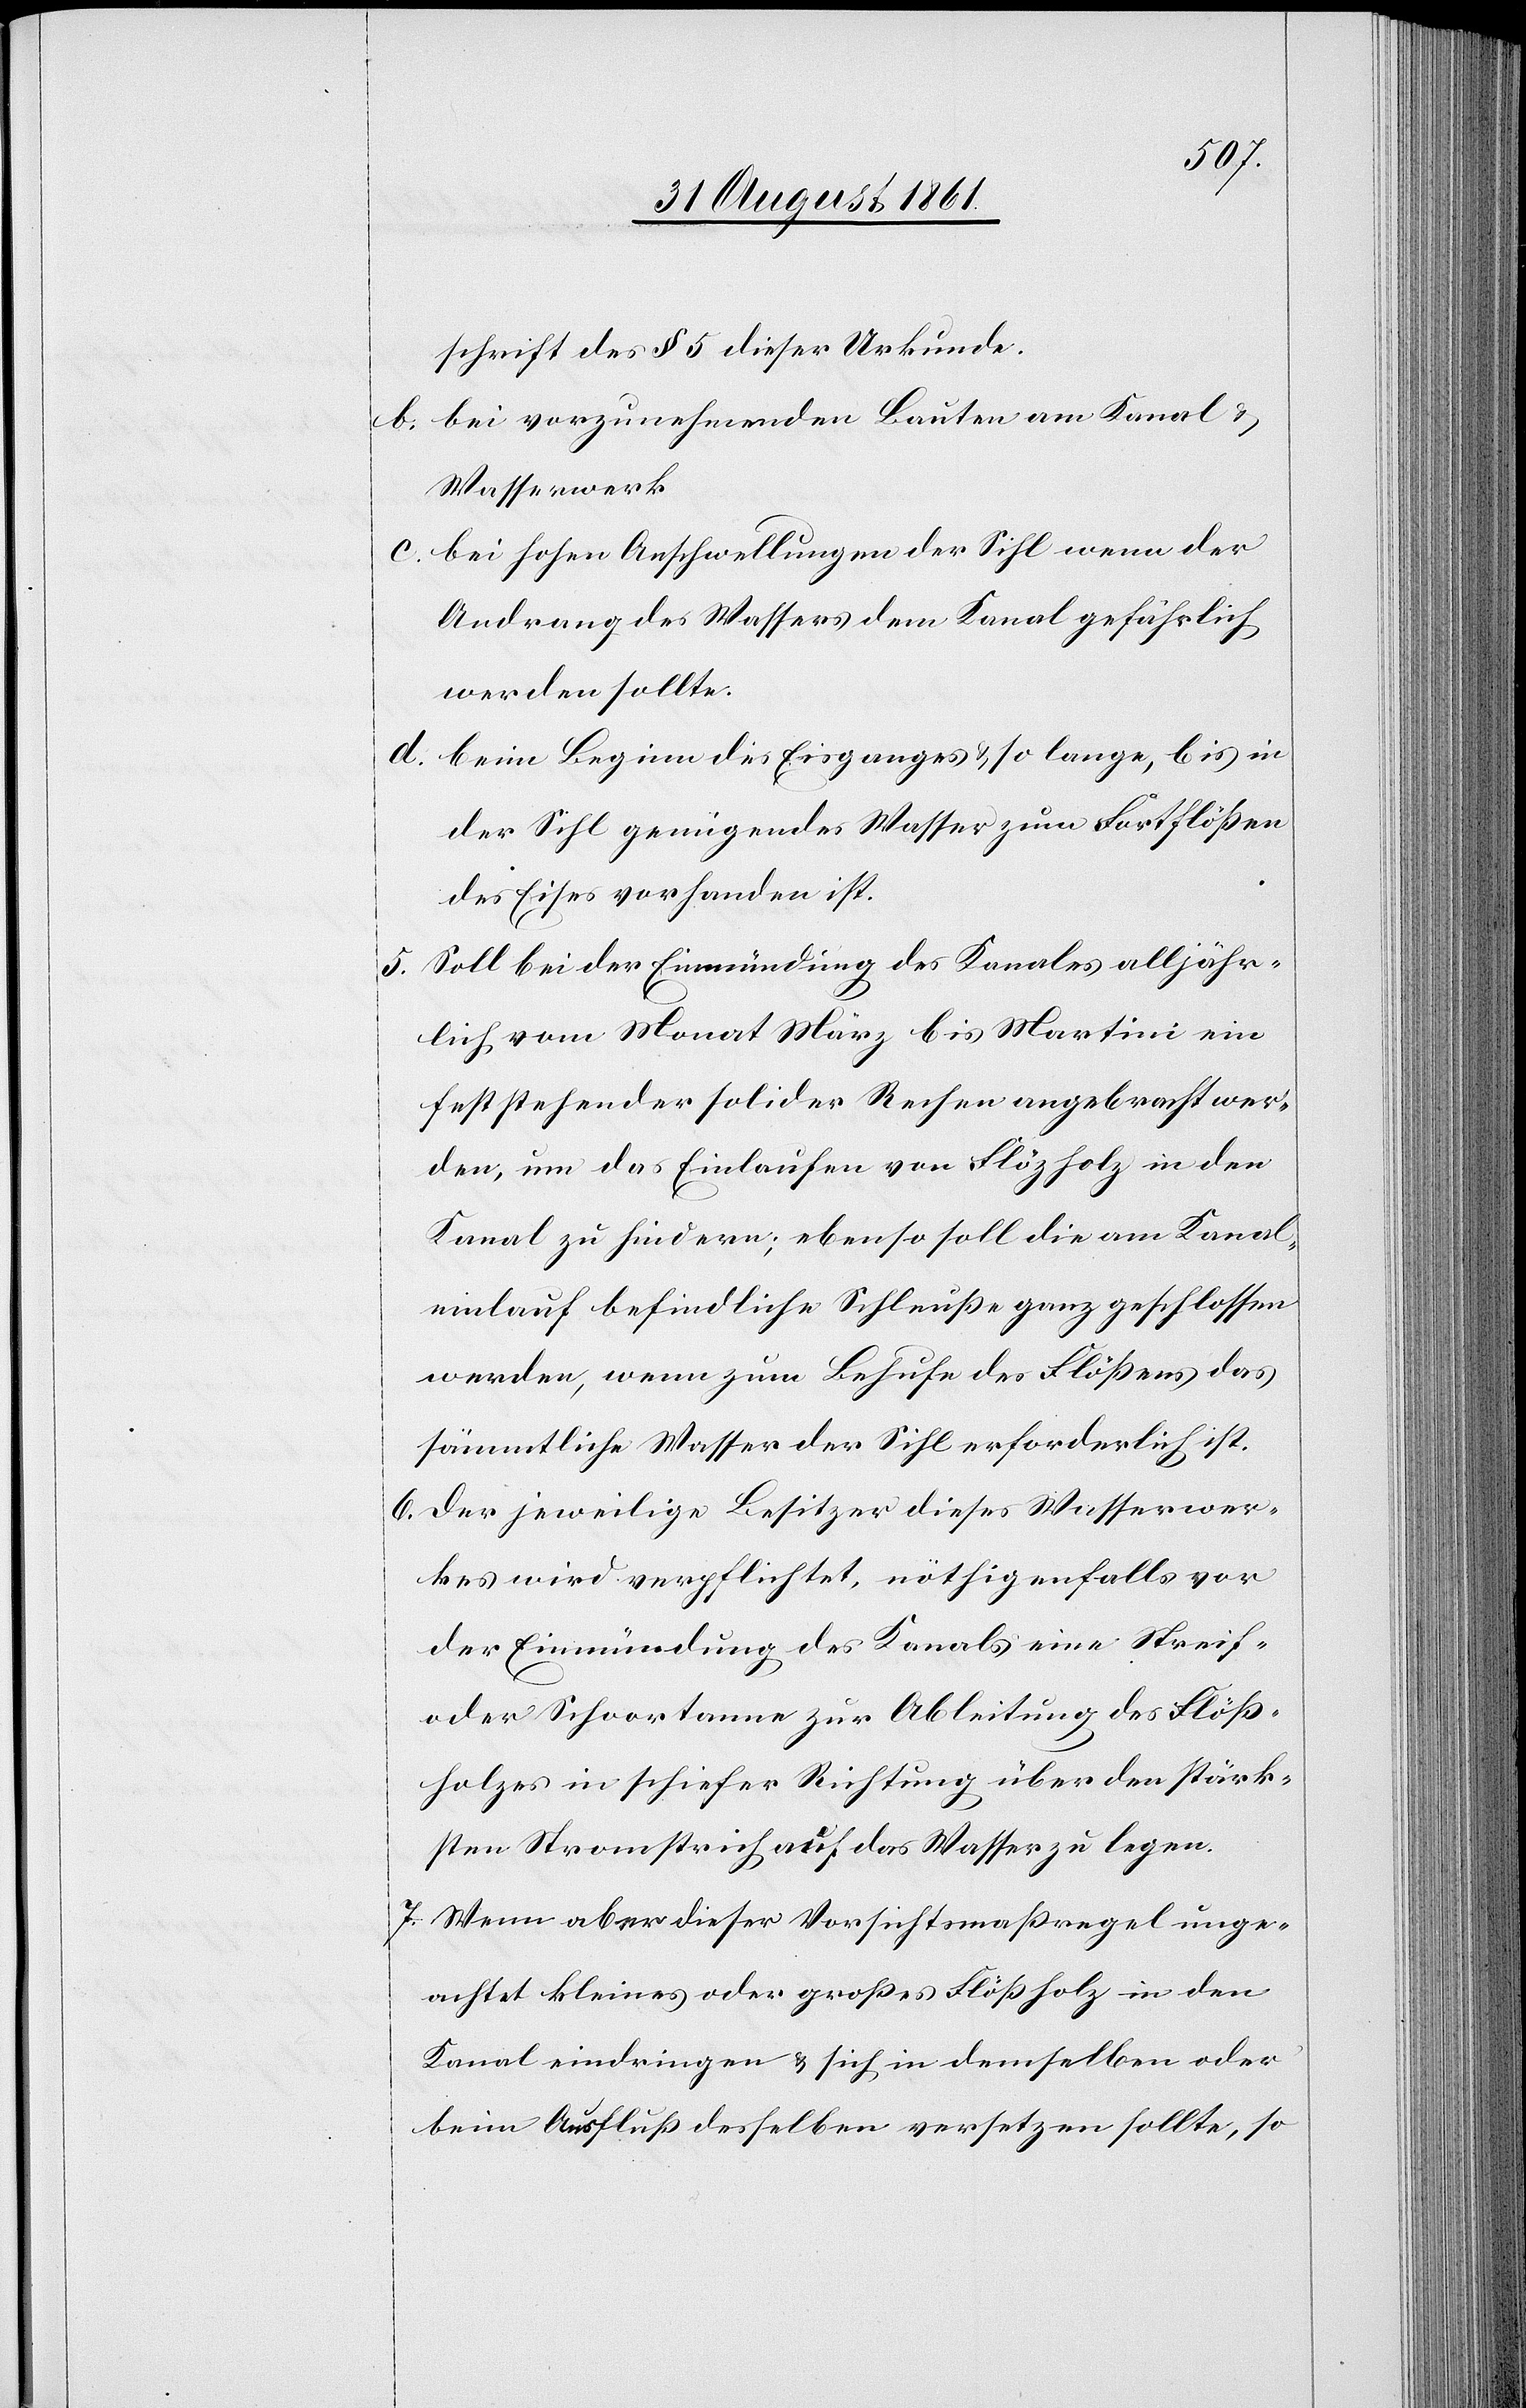
schrift des § 5 dieser Urkunde.
b. bei vorzunehmenden Bauten am Kanal u.
Wasserwerk.
c. bei hohen Anschwellungen der Sihl wenn der
Andrang des Wassers dem Kanal gefährlich
werden sollte.
d. beim Beginn des Eisganges u. so lange, bis in
der Sihl genügendes Wasser zum Fortflößen
des Eises vorhanden ist.
5. Soll bei der Einmündung des Kanales alljähr¬
lich vom Monat März bis Martini ein
feststehender solider Rechen angebracht wer¬
den, um das Einlaufen von Flözholz in den
Kanal zu hindern; ebenso soll die am Kanal¬
einlauf befindliche Schleuße ganz geschlossen
werden, wenn zum Behufe des Flößens das
sämmtliche Wasser der Sihl erforderlich ist.
6. Der jeweilige Besitzer dieses Wasserwer¬
kes wird verpflichtet, nöthigenfalls vor
der Einmündung des Kanals eine Streife
oder Schoortanne zur Ableitung des Flöß¬
holzes in schiefer Richtung über den stärk¬
sten Stromstrich auf das Wasser zu legen.
7. Wenn aber dieser Vorsichtsmaßregel unge¬
achtet kleines oder großes Flößholz in den
Kanal eindringen u. sich in demselben oder
beim Ausfluß desselben versetzen sollte, so